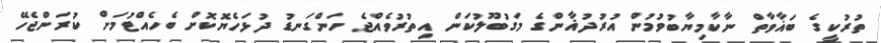
ތުރުކީގެ ބަޣާވާތް ނާކާމިޔާބުވުމުން އުރުދުޣާންގެ މަގުބޫލުކަން އިތުރުވެއްޖެ ހަންގަނޑު ދުޅަހެޔޮކޮށް ބެހެއްޓުމަށް ކުރަންޖެހޭ